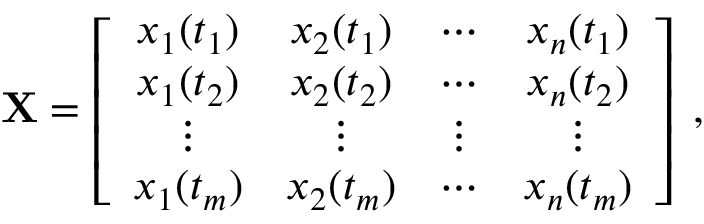
{ \bf X } = \left[ \begin{array} { c c c c } { x _ { 1 } ( t _ { 1 } ) } & { x _ { 2 } ( t _ { 1 } ) } & { \cdots } & { x _ { n } ( t _ { 1 } ) } \\ { x _ { 1 } ( t _ { 2 } ) } & { x _ { 2 } ( t _ { 2 } ) } & { \cdots } & { x _ { n } ( t _ { 2 } ) } \\ { \vdots } & { \vdots } & { \vdots } & { \vdots } \\ { x _ { 1 } ( t _ { m } ) } & { x _ { 2 } ( t _ { m } ) } & { \cdots } & { x _ { n } ( t _ { m } ) } \end{array} \right] \; ,